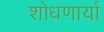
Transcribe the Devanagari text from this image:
शोधणार्या